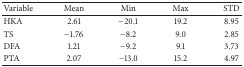
<table><thead><tr><td><b>Variable</b></td><td><b>Mean</b></td><td><b>Min</b></td><td><b>Max</b></td><td><b>STD</b></td></tr></thead><tbody><tr><td>HKA</td><td>2.61</td><td>−20.1</td><td>19.2</td><td>8.95</td></tr><tr><td>TS</td><td>−1.76</td><td>−8.2</td><td>9.0</td><td>2.85</td></tr><tr><td>DFA</td><td>1.21</td><td>−9.2</td><td>9.1</td><td>3.73</td></tr><tr><td>PTA</td><td>2.07</td><td>−13.0</td><td>15.2</td><td>4.97</td></tr></tbody></table>